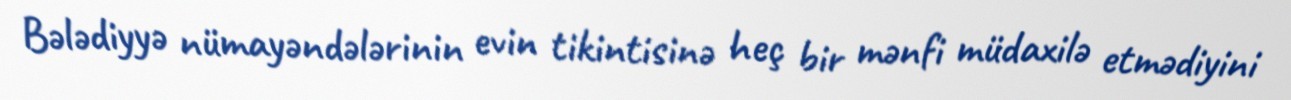
Bələdiyyə nümayəndələrinin evin tikintisinə heç bir mənfi müdaxilə etmədiyini